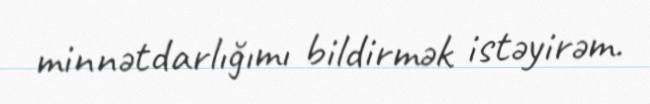
minnətdarlığımı bildirmək istəyirəm.